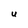
Character: U